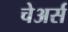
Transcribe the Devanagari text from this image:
चेअर्स